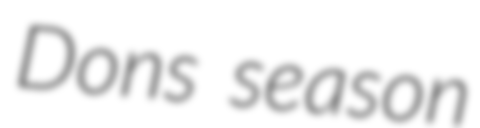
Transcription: Dons season